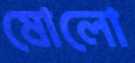
ষোলো